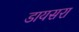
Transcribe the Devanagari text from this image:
डायसरा